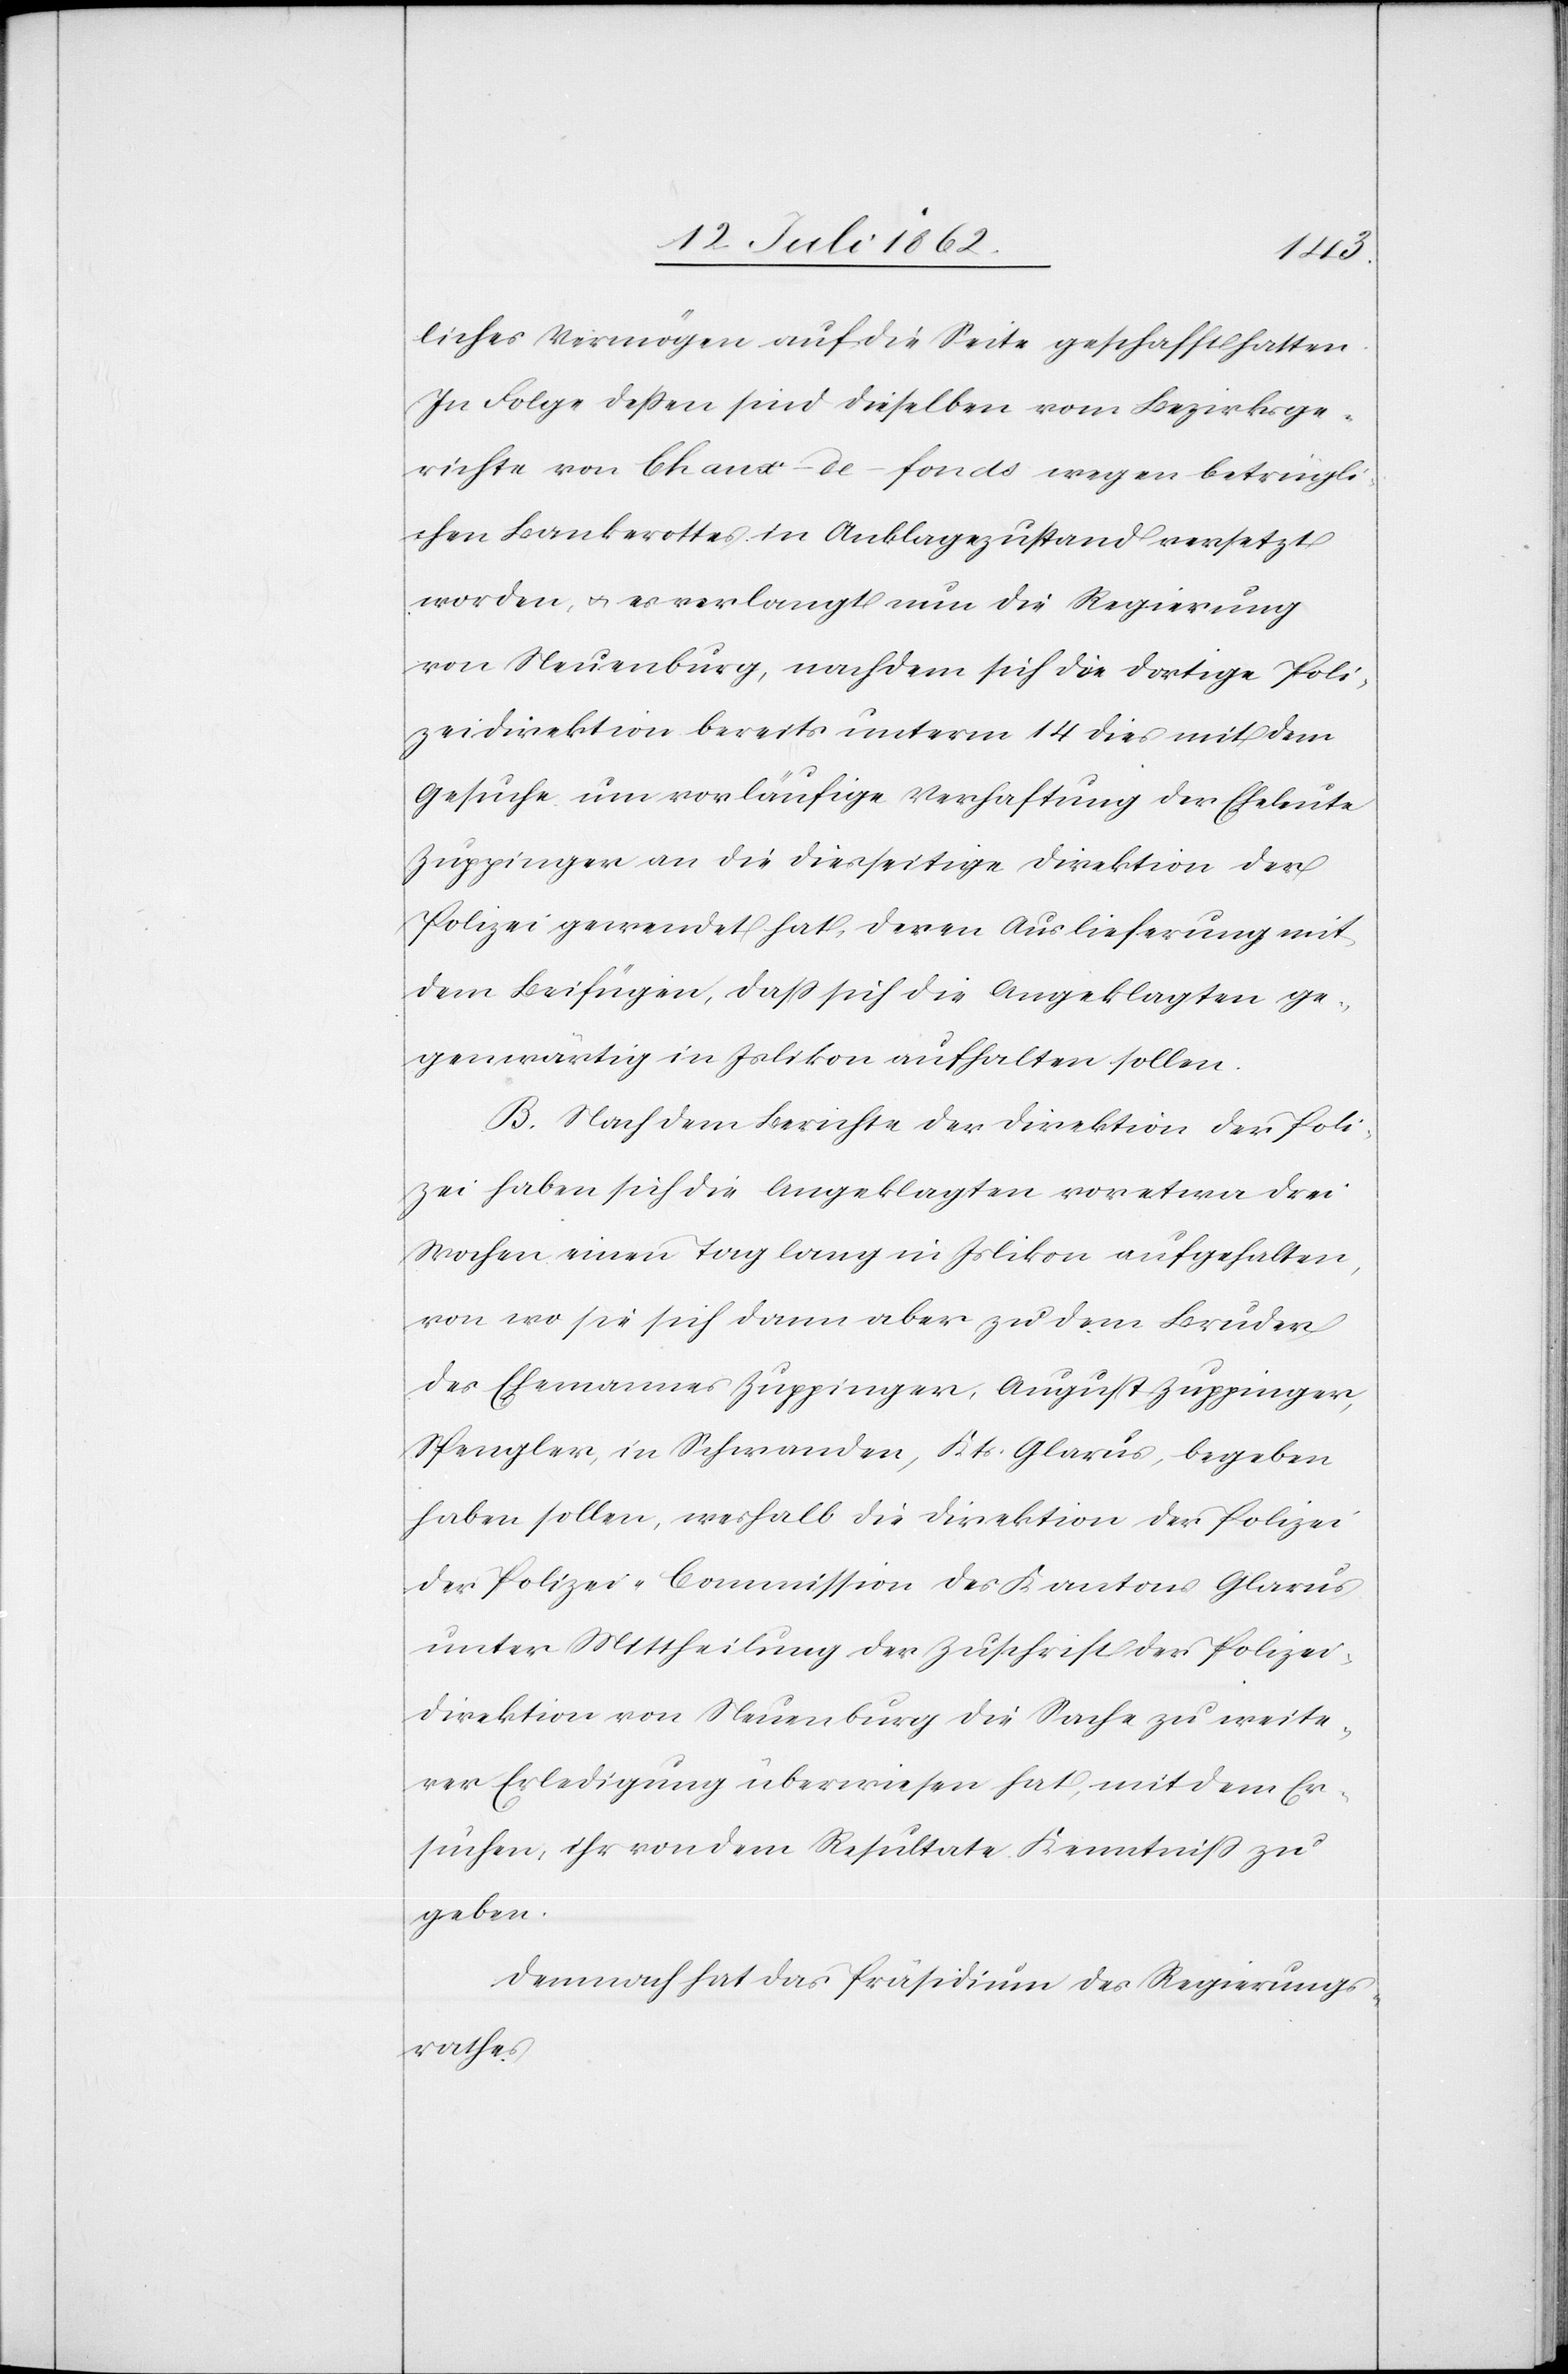
liches Vermögen auf die Seite geschafft hatten.
In Folge dessen sind dieselben vom Bezirksge¬
richte von Chaux-de-fonds wegen betrügli¬
chen Bankerottes in Anklagezustand versetzt
worden, u. es verlangt nun die Regierung
von Neuenburg, nachdem sich die dortige Poli¬
zeidirektion bereits unterm 14. dies mit dem
Gesuche um vorläufige Verhaftung der Eheleute
Zuppinger an die diesseitige Direktion der
Polizei gewendet hat, deren Auslieferung mit
dem Beifügen, daß sich die Angeklagten ge¬
genwärtig in Islikon aufhalten sollen.
B. Nach dem Berichte der Direktion der Poli¬
zei haben sich die Angeklagten vor etwa drei
Wochen einen Tag lang in Islikon aufgehalten,
von wo sie sich dann aber zu dem Bruder
des Ehemannes Zuppinger, August Zuppinger,
Spengler, in Schwanden, Kts. Glarus, begeben
haben sollen, weshalb die Direktion der Polizei
der Polizei-Commission des Kantons Glarus
unter Mittheilung der Zuschrift der Polizei¬
direktion von Neuenburg die Sache zu weite¬
rer Erledigung überwiesen hat, mit dem Er¬
suchen, ihr von dem Resultate Kenntniß zu
geben.
Demnach hat das Präsidium des Regierungs¬
rathes